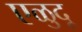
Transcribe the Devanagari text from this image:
एळुदू